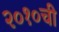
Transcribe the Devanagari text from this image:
२०१०ची